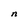
Character: n